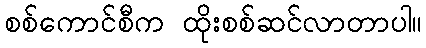
စစ်ကောင်စီက ထိုးစစ်ဆင်လာတာပါ။